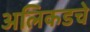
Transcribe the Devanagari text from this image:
अलिकडचे